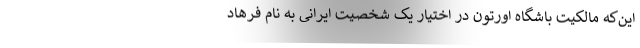
این‌که مالکیت باشگاه اورتون در اختیار یک شخصیت ایرانی به نام فرهاد